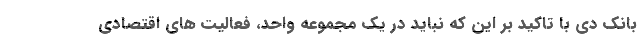
بانک دی با تاکید بر این که نباید در یک مجموعه واحد، فعالیت های اقتصادی